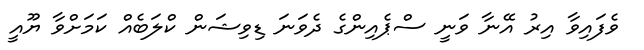
ވެފައިވާ އިރު އޭނާ ވަނީ ސްޕެއިންގެ ދެވަނަ ޑިވިޝަން ކްލަބެއް ކަމަށްވާ ޔޫއީ